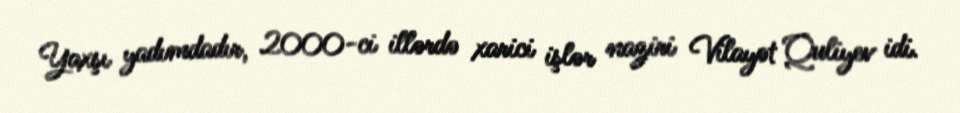
Yaxşı yadımdadır, 2000-ci illərdə xarici işlər naziri Vilayət Quliyev idi.